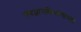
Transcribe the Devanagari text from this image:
तंत्रज्ञानविभागाच्या